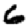
Digit: 6